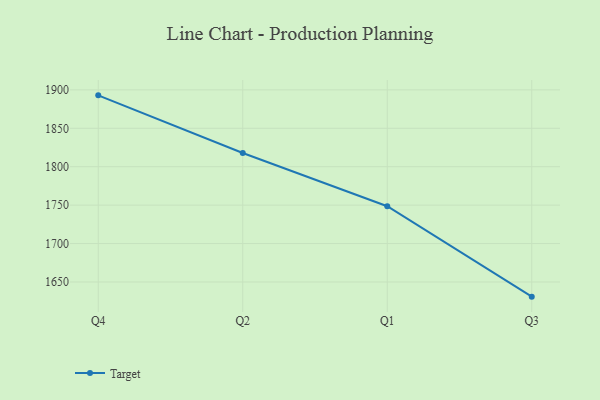
{"axis": {"x": "Quarter", "y": "Revenue (USD Million)"}, "legend": ["Target"], "data": [{"x": "Q4", "y": 1892.9, "type": "Target"}, {"x": "Q2", "y": 1817.8, "type": "Target"}, {"x": "Q1", "y": 1748.6, "type": "Target"}, {"x": "Q3", "y": 1630.9, "type": "Target"}]}